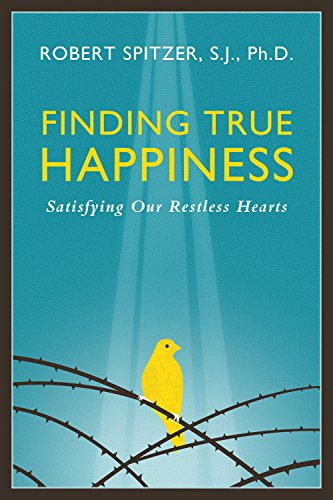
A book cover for Finding True Happiness: Satisfying Our Restless Hearts (Happiness, Suffering, and Transcendence); Fr. Robert J. Spitzer; Health, Fitness & Dieting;